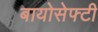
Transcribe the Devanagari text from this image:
बायोसेफ्टी